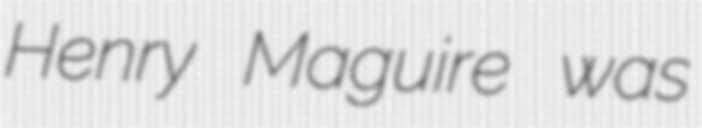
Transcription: Henry Maguire was